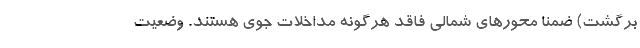
برگشت) ضمناً محور‌های شمالی فاقد هرگونه مداخلات جوی هستند. وضعیت